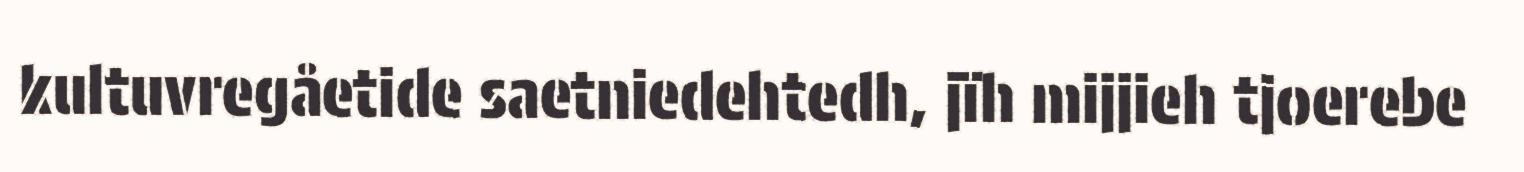
kultuvregåetide saetniedehtedh, jïh mijjieh tjoerebe